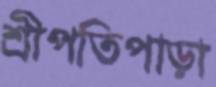
শ্রীপতিপাড়া